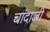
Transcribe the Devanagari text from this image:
चांदाजी